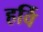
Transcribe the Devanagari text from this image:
हर्वि